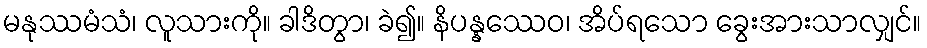
မနုဿမံသံ၊ လူသားကို။ ခါဒိတွာ၊ ခဲ၍။ နိပန္နဿေဝ၊ အိပ်ရသော ခွေးအားသာလျှင်။